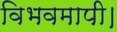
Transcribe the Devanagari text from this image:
विभवमापी।